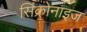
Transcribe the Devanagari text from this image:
सिंक्रोनाइज